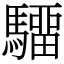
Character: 驑